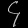
Digit: ၄